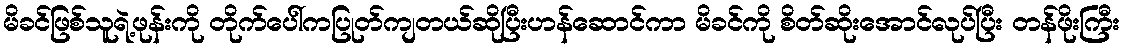
မိခင်ဖြစ်သူရဲ့ဖုန်းကို တိုက်ပေါ်ကပြုတ်ကျတယ်ဆိုပြီးဟန်ဆောင်ကာ မိခင်ကို စိတ်ဆိုးအောင်လုပ်ပြီး တန်ဖိုးကြီး